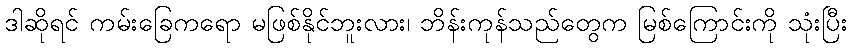
ဒါဆိုရင် ကမ်းခြေကရော မဖြစ်နိုင်ဘူးလား၊ ဘိန်းကုန်သည်တွေက မြစ်ကြောင်းကို သုံးပြီး